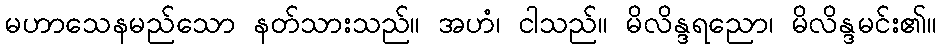
မဟာသေနမည်သော နတ်သားသည်။ အဟံ၊ ငါသည်။ မိလိန္ဒရညော၊ မိလိန္ဒမင်း၏။